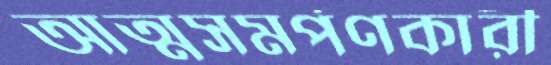
আত্মসমর্পণকারী